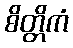
စိတ္တိကံ